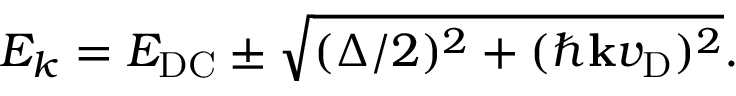
E _ { k } = E _ { \mathrm { D C } } \pm \sqrt { ( \Delta / 2 ) ^ { 2 } + ( \hbar \mathbf { k } v _ { \mathrm { D } } ) ^ { 2 } } .